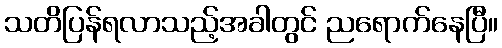
သတိပြန်ရလာသည့်အခါတွင် ညရောက်နေပြီ။